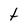
Character: t